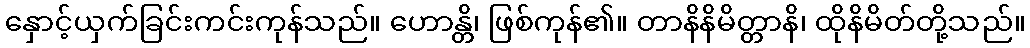
နှောင့်ယှက်ခြင်းကင်းကုန်သည်။ ဟောန္တိ၊ ဖြစ်ကုန်၏။ တာနိနိမိတ္တာနိ၊ ထိုနိမိတ်တို့သည်။